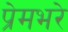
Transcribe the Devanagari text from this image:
प्रेमभरे